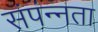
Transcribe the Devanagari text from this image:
संपंन्नता